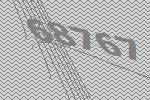
68767